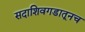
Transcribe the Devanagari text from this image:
सदाशिवगडातूनच